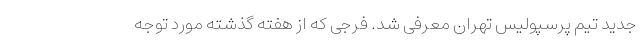
جدید تیم پرسپولیس تهران معرفی شد. فرجی که از هفته گذشته مورد توجه